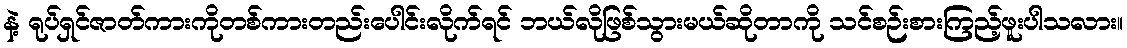
နဲ့ ရုပ်ရှင်ဇာတ်ကားကိုတစ်ကားတည်းပေါင်းလိုက်ရင် ဘယ်လိုဖြစ်သွားမယ်ဆိုတာကို သင်စဉ်းစားကြည့်ဖူးပါသလား။